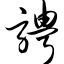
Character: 骋